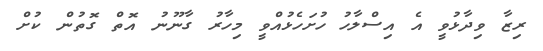
ރިޒާ ވިދާޅުވީ އެ އިސްލާހު ހުށަހެޅުއްވީ މިހާރު ގާނޫނު އޮތް ގޮތުން ކުށް